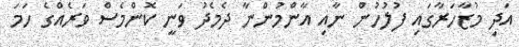
އަދި މުޒާހަރާގައި ފުލުހުން ނާއި އާންމުންނާ ދެމެދު ވަނީ ކޮންމެސް ވަރެއްގެ ހަމަ